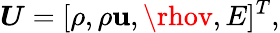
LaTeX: \boldsymbol{U}=[\rho,\rho\mathbf{u},\rhov,E]^{T},